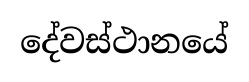
දේවස්ථානයේ